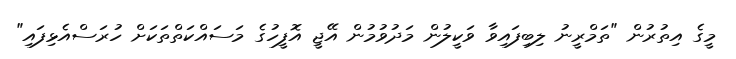
މީގެ އިތުރުން "ތަމްރީނު ލިބިފައިވާ ވަކީލުން މަދުވުމުން އޭޖީ އޮފީހުގެ މަސައްކަތްތަކަށް ހުރަސްއެޅިފައި"